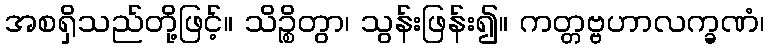
အစရှိသည်တို့ဖြင့်။ သိဉ္စိတွာ၊ သွန်းဖြန်း၍။ ကတ္တဗ္ဗဟာလက္ခဏံ၊